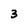
Character: 3